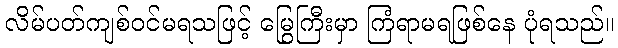
လိမ်ပတ်ကျစ်ဝင်မရသဖြင့် မြွေကြီးမှာ ကြံရာမရဖြစ်နေ ပုံရသည်။